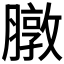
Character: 𫜶